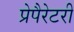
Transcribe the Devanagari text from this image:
प्रेपैरेटरी